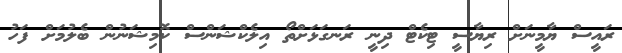
ރައީސް ޔާމީނަށް ރިޔާސީ ޓިކެޓް ދިނީ ރަނގަޅަށްތޯ އިލެކްޝަންސް ކޮމިޝަނުން ބެލުމަށް ފަހު